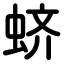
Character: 蛴